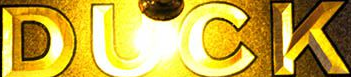
DUCK